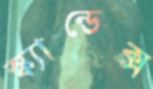
স্ক্যান্ডেক্স